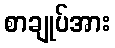
စာချုပ်အား